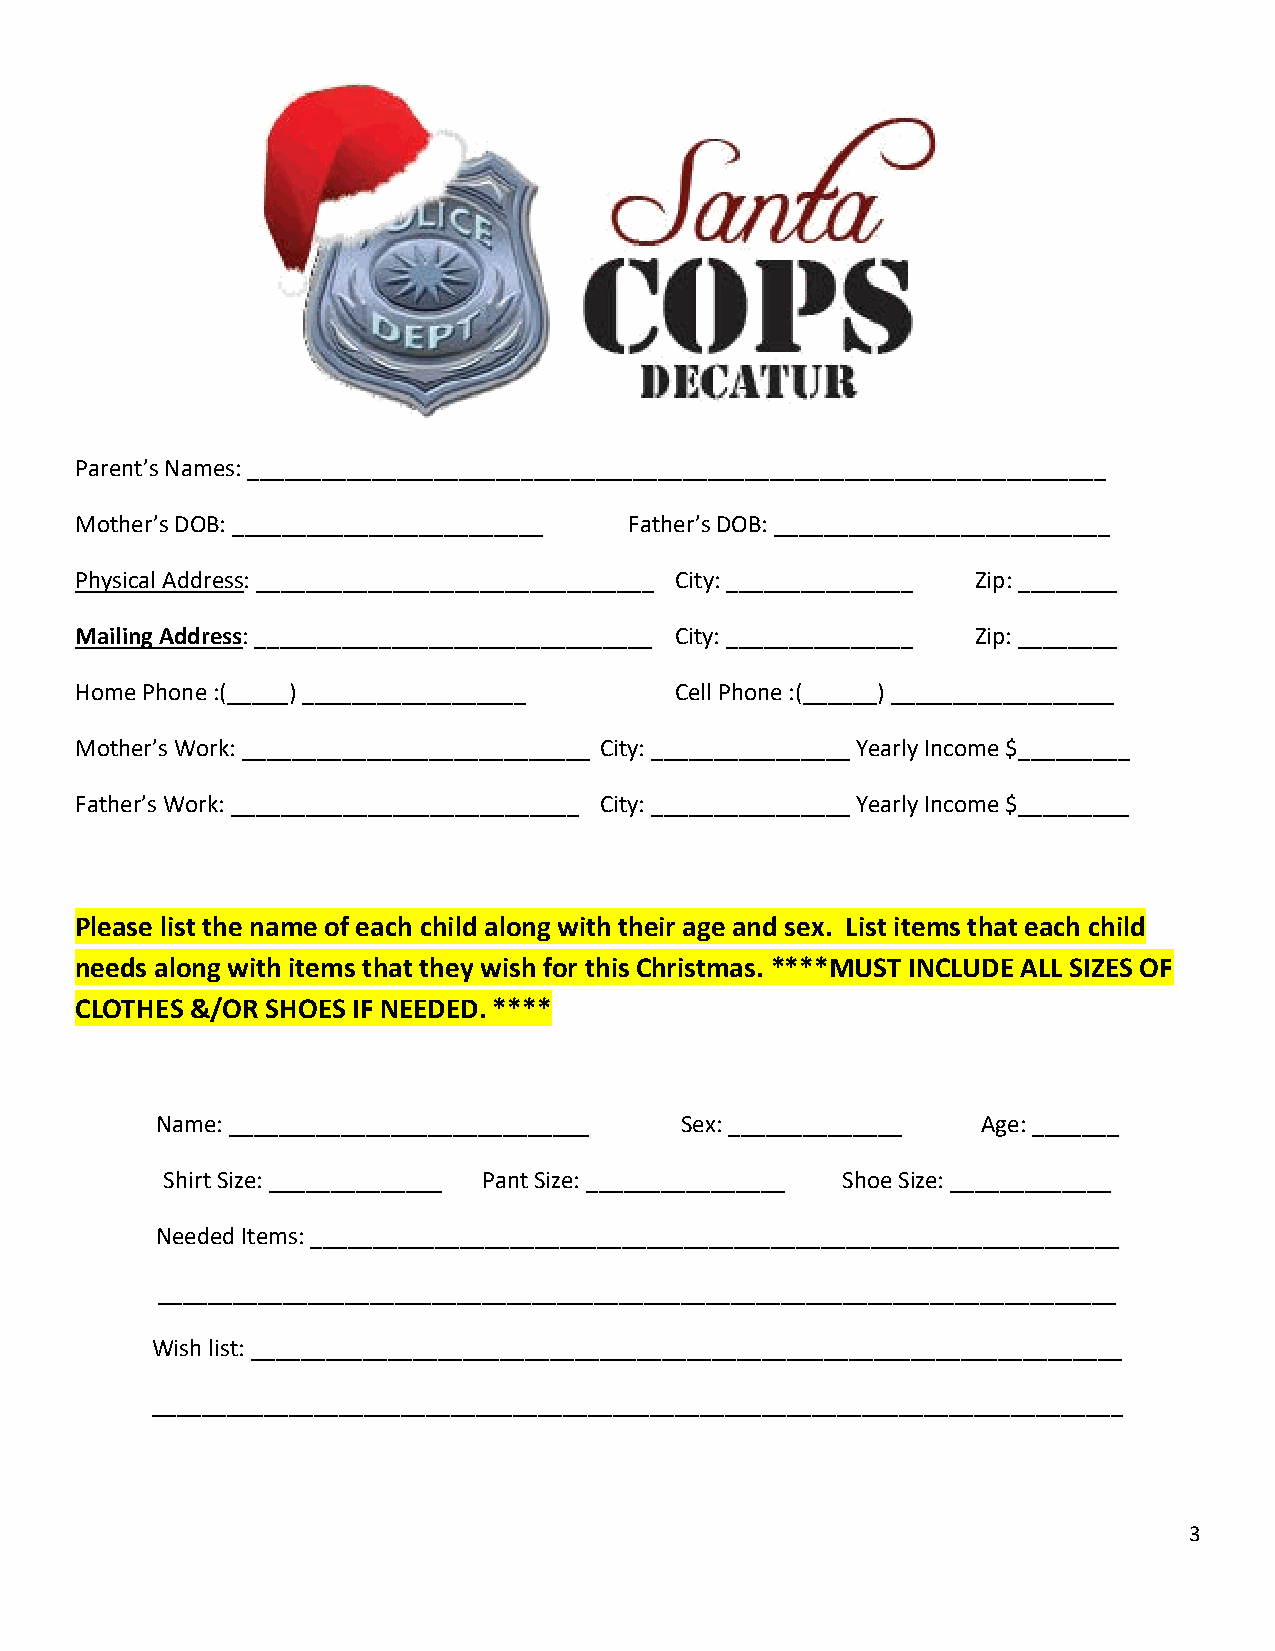
Parent’s Names: _____________________________________________________________________
 Mother’s DOB: _________________________ Father’s DOB: ___________________________
 Physical Address: ________________________________ City: _______________ Zip: ________
 Mailing Address: ________________________________ City: _______________ Zip: ________
 Home Phone :(_____) __________________  Cell Phone :(______) __________________
 Mother’s Work: ____________________________ City: ________________ Yearly Income $_________
 Father’s Work: ____________________________ City: ________________ Yearly Income $_________
 Please list the name of each child along with their age and sex. List items that each child
 needs along with items that they wish for this Christmas. ****MUST INCLUDE ALL SIZES OF
 CLOTHES &/OR SHOES IF NEEDED. ****
 Name: _____________________________ Sex: ______________ Age: _______
 Shirt Size: ______________ Pant Size: ________________ Shoe Size: _____________
 Needed Items: _________________________________________________________________
 _____________________________________________________________________________
 Wish list: ______________________________________________________________________
 ______________________________________________________________________________
 3